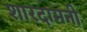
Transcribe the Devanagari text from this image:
शारदामनी